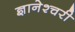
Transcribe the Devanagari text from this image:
ज्ञानेश्चरी